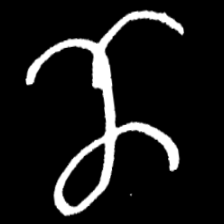
Pyu character \u2014 Myanmar letter: ဏ (romanized: nna)